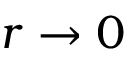
r \to 0